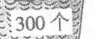
每人分一个苹果，够吗?